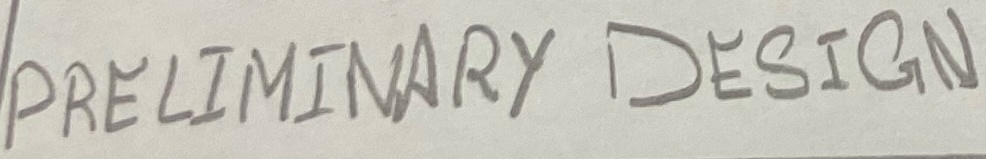
Text: PRELIMINARY DESIGN